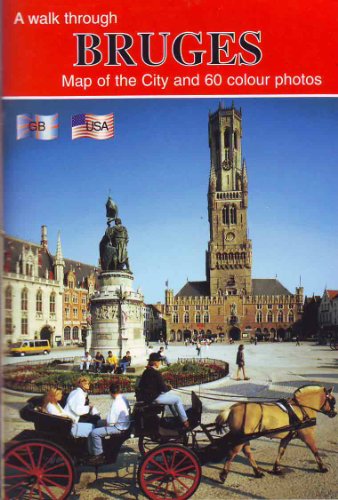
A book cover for A Walk Through Bruges, Map of the City and 62 Colour Photos; Thill S. A. Brussels; Travel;